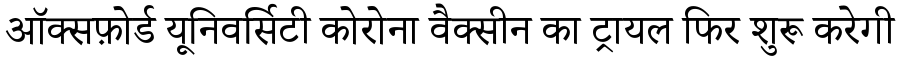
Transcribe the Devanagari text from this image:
ऑक्सफ़ोर्ड यूनिवर्सिटी कोरोना वैक्सीन का ट्रायल फिर शुरू करेगी